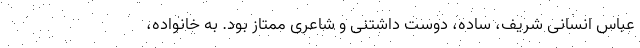
عباس انسانی شریف، ساده، دوست داشتنی و شاعری ممتاز بود. به خانواده،